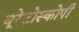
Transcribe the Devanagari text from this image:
यूरेटोस्कोपी